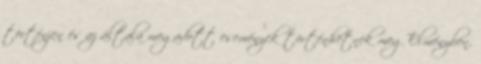
történjen és az általa megadott események történhetnek meg Élményben.